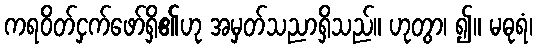
ကရဝိတ်ငှက်ဖော်ရှိ၏ဟု အမှတ်သညာရှိသည်။ ဟုတွာ၊ ၍။ မဓုရံ၊